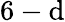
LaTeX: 6-\mathrm{d}